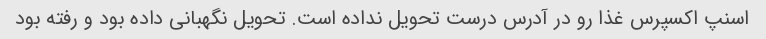
اسنپ اکسپرس غذا رو در آدرس درست تحویل نداده است. تحویل نگهبانی داده بود و رفته بود